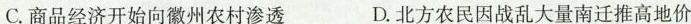
C. 商品经济开始向徽州农村渗透 D. 北方农民因战乱大量南迁推高地价